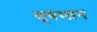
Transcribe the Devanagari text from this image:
बृषभान